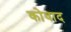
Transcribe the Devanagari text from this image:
कोवाद